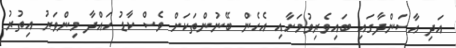
އަދި އާސަންދާގައި ބައިވެރިވުމަށާއި އެހެން ބޭނުންތަކަށް ވެސް ކާޑު ހައްދާ މިންވަރު އިތުރު